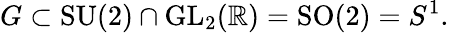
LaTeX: G\subset{\mathrm{SU}}(2)\cap{\mathrm{GL}}_{2}(\mathbb{R})={\mathrm{SO}}(2)=S^{1}.